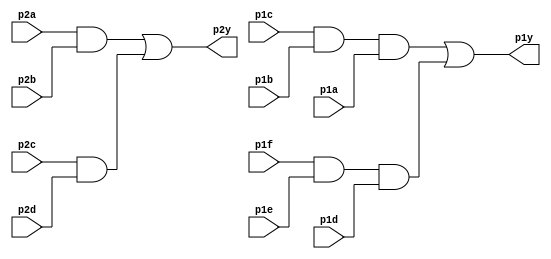
module top_module ( 
    input p1a, p1b, p1c, p1d, p1e, p1f,
    output p1y,
    input p2a, p2b, p2c, p2d,
    output p2y );

    wire abc1, def1, ab2, cd2;
    assign abc1 = p1c & p1b & p1a;
    assign def1 = p1f & p1e & p1d;
    assign p1y = abc1 | def1;
    
    assign ab2 = p2a & p2b;
    assign cd2 = p2c & p2d;
    assign p2y = ab2 | cd2;
    
endmodule